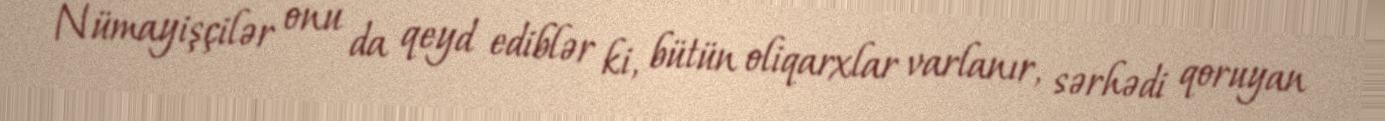
Nümayişçilər onu da qeyd ediblər ki, bütün oliqarxlar varlanır, sərhədi qoruyan